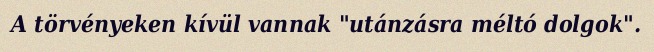
A törvényeken kívül vannak "utánzásra méltó dolgok".